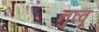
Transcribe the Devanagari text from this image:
नुव्वू